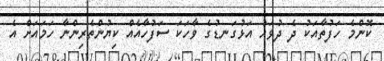
ކޮންމެ ހަފުތާއަކު ދެ ދުވަހު އަޅުގަނޑުގެ ވާހަކަ ސަފުހާއެއް ކިޔުންތެރިންނާ ހަމައަށް އެ